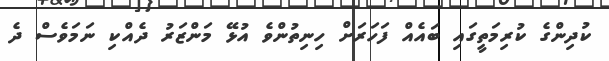
ކުދިންގެ ކުރިމަތީގައި ބައެއް ފަހަރަށް ހިނިތުންވެ އުޅޭ މަންޒަރު ދެއްކި ނަމަވެސް ދެ